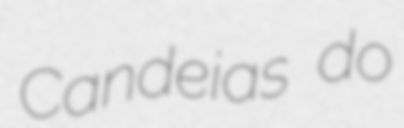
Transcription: Candeias do